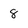
Character: 8